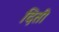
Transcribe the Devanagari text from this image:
दिती